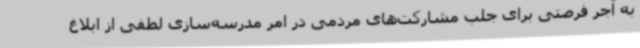
به آجر فرصتی برای جلب مشارکت‌های مردمی در امر مدرسه‌سازی لطفی از ابلاغ